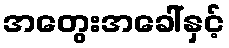
အတွေးအခေါ်နှင့်